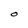
Character: O